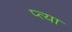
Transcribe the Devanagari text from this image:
प्त्या